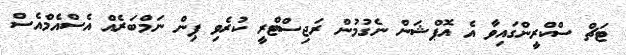
ޓަޗް ސްކްރީންގައިވާ އެ އޮޕްޝަން ނެގުމުން ރަޖިސްޓްރީ ކުރެވި ޕިން ނަމްބަރެއް އެސްއެމްއެސް